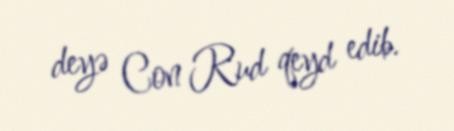
deyə Con Rud qeyd edib.